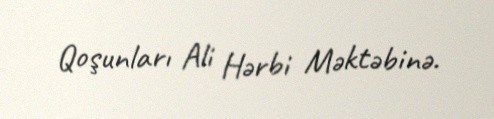
Qoşunları Ali Hərbi Məktəbinə.